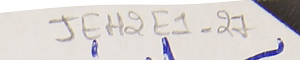
JEH2E1-27